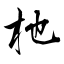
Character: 杝